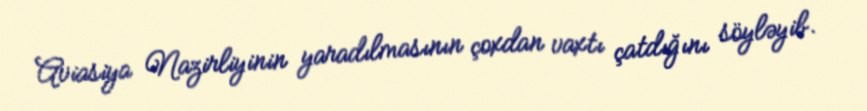
Aviasiya Nazirliyinin yaradılmasının çoxdan vaxtı çatdığını söyləyib.